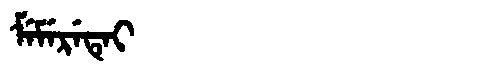
Manchu: ᠮᡝᠮᡝᡵᡝᡨᡝᡳ
Romanization: MEMERETEI